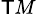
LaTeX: ^{\mathsf{T}M}